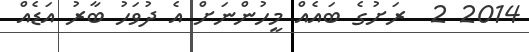
2014 2  ރަށުގެ ބައެއް މީހުންނަށް އެ ދުވަހު ބާރު އަޑެއް